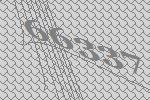
66337